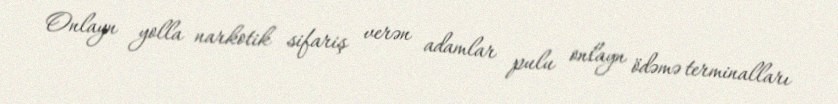
Onlayn yolla narkotik sifariş verən adamlar pulu onlayn ödəmə terminalları